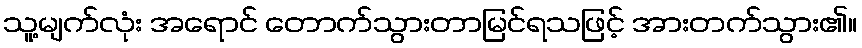
သူ့မျက်လုံး အရောင် တောက်သွားတာမြင်ရသဖြင့် အားတက်သွား၏။